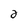
Character: 2